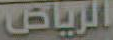
الرياض